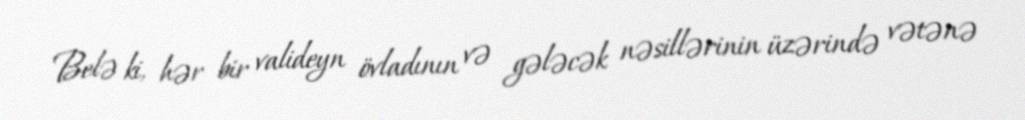
Belə ki, hər bir valideyn övladının və gələcək nəsillərinin üzərində vətənə